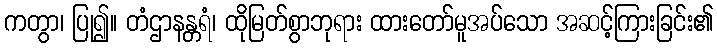
ကတွာ၊ ပြု၍။ တံဌာနန္တရံ၊ ထိုမြတ်စွာဘုရား ထားတော်မူအပ်သော အဆင့်ကြားခြင်း၏